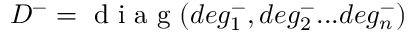
D ^ { - } = \mathrm { ~ d ~ i ~ a ~ g ~ } ( d e g _ { 1 } ^ { - } , d e g _ { 2 } ^ { - } . . . d e g _ { n } ^ { - } )